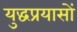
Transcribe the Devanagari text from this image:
युद्धप्रयासों